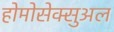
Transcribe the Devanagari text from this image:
होमोसेक्सुअल